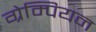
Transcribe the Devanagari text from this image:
ग्रेम्पियन